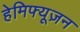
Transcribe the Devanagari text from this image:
हेमिफ्यूज़न